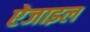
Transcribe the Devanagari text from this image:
ऐजाइल